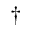
^ \dagger